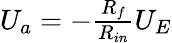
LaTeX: \begin{array}{r}{U_{a}=-\frac{R_{f}}{R_{in}}U_{E}}\end{array}